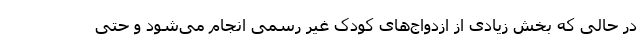
در حالی که بخش زیادی از ازدواج‌های کودک غیر رسمی انجام می‌شود و حتی